Maali_päevik, lk 12
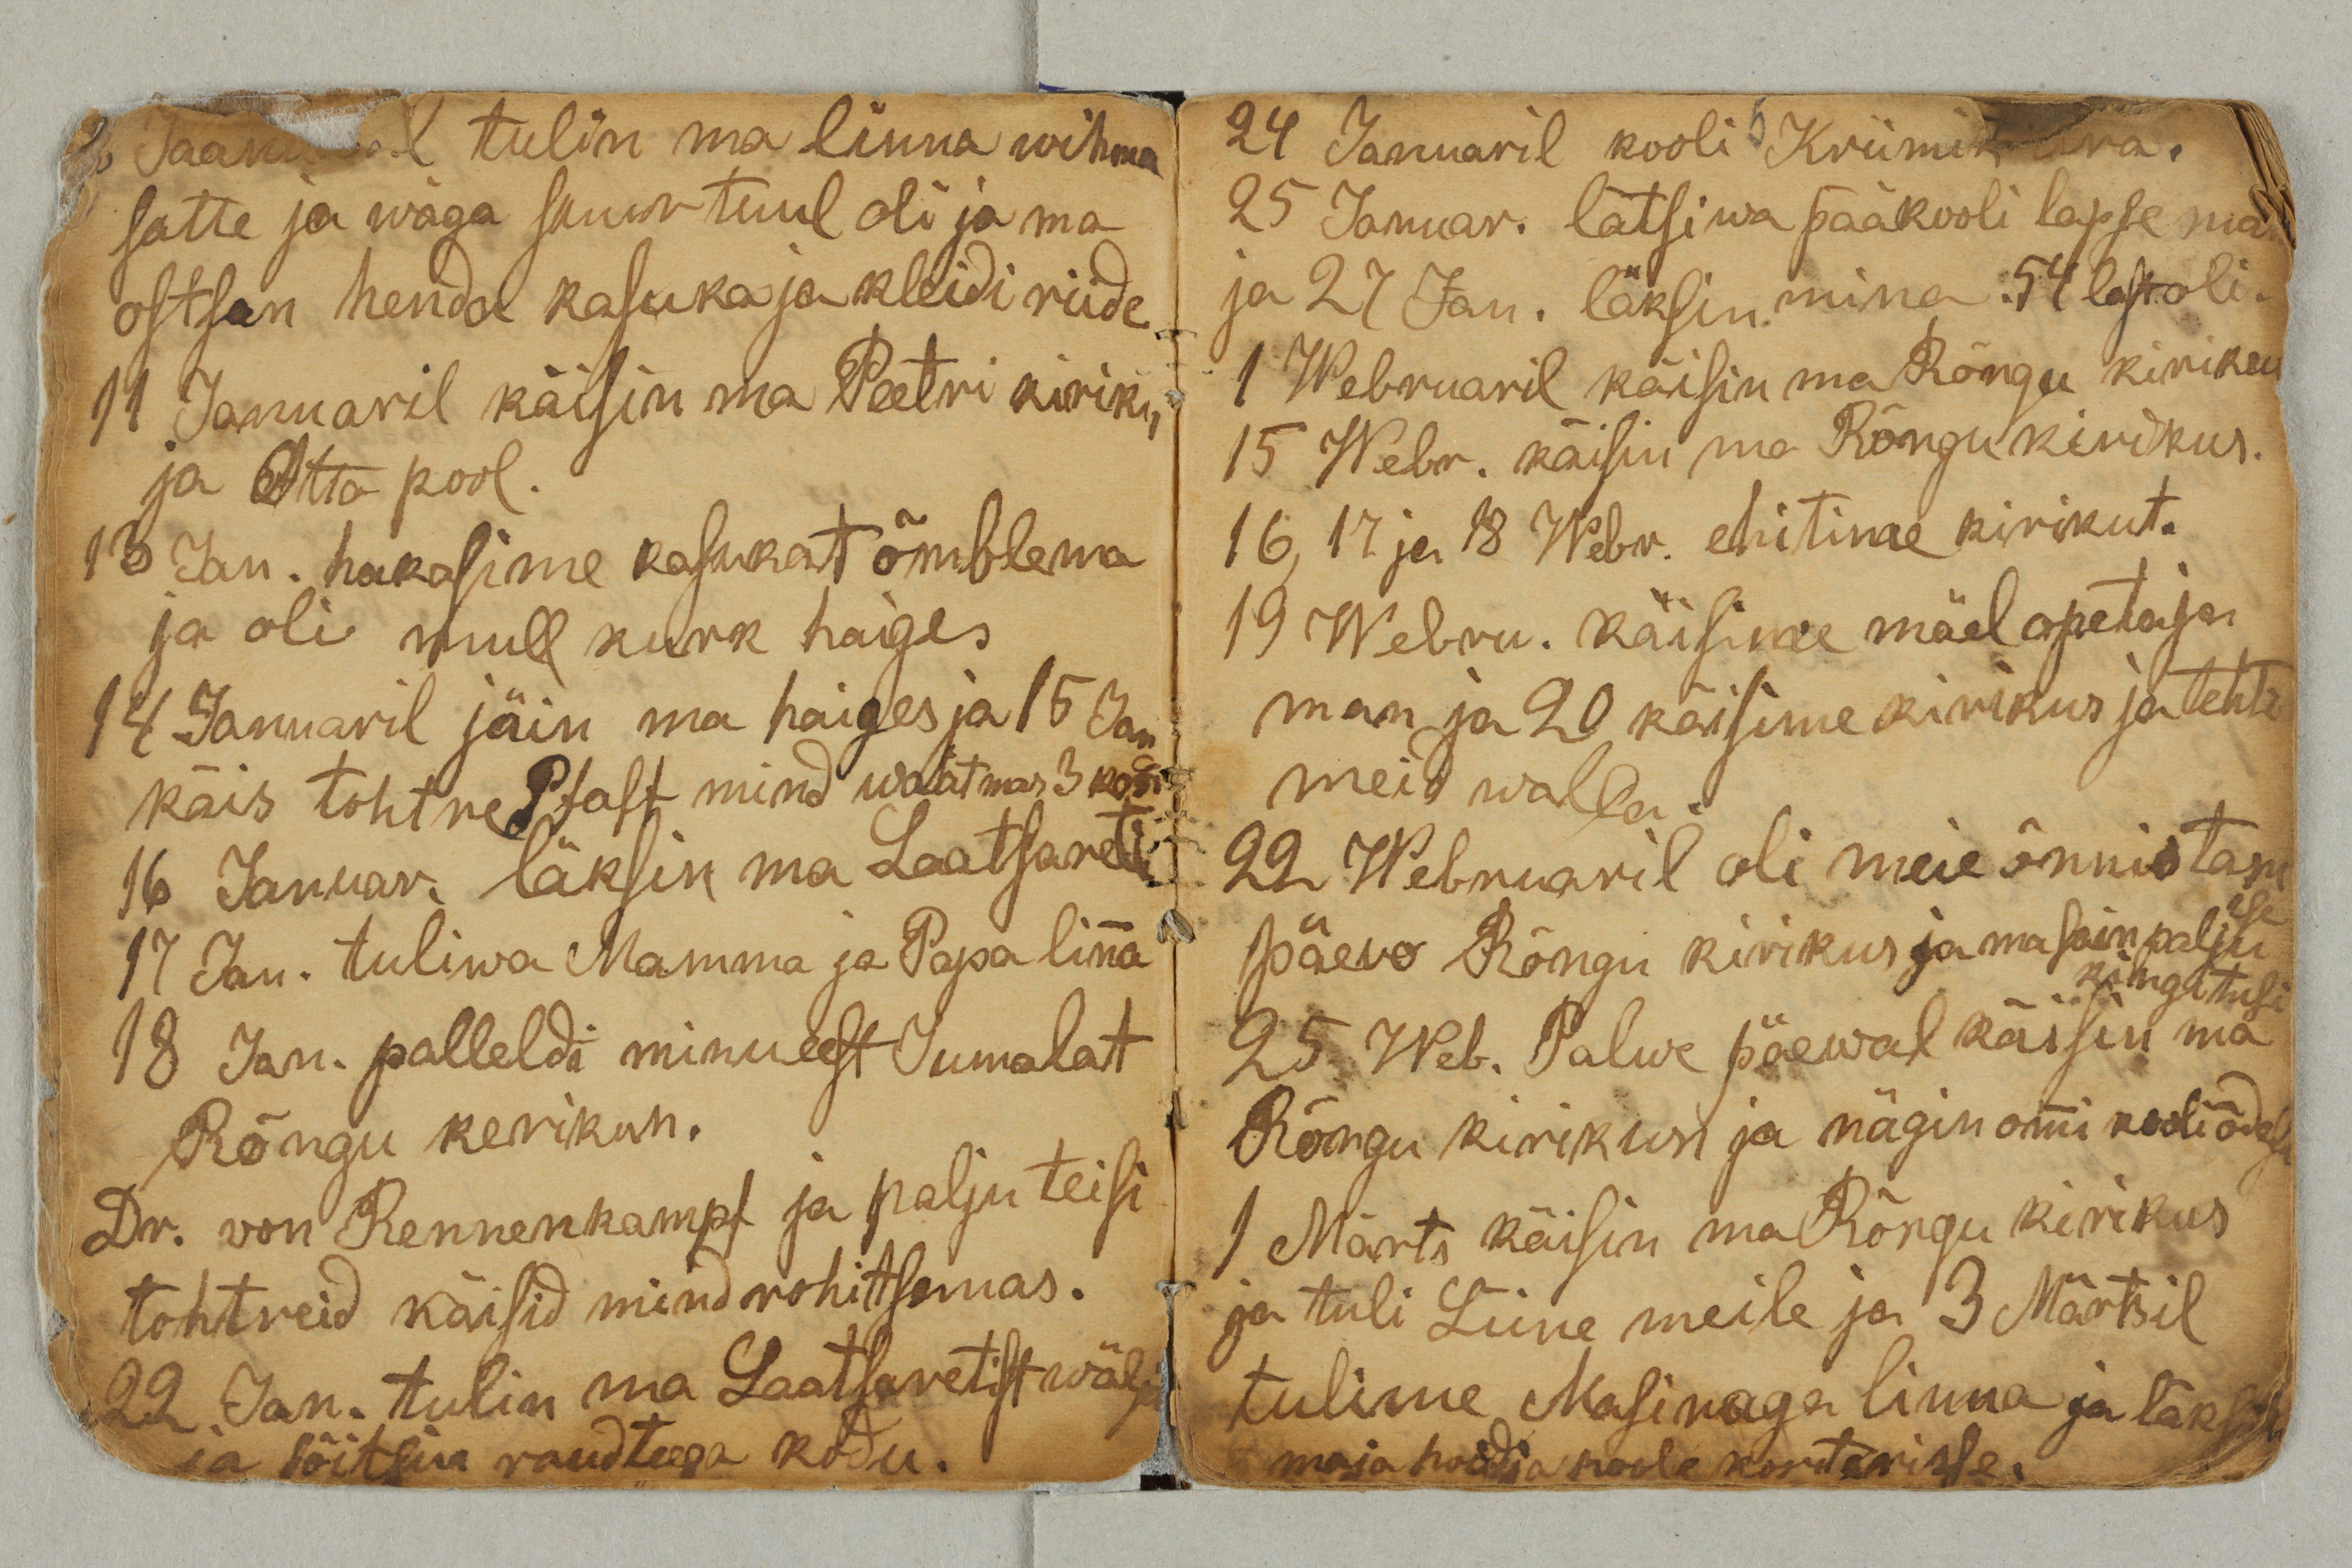
2 Jaanuaril tulin ma linna wihma
satte ja wäga suur tuul oli ja ma
ostsan henda kasuka ja kleidi riide.
11 Januaril käisin ma Peetri kiriku
ja Otto pool.
13 Jan. hakasime kasukat õmblema
ja oli mull kurk haige.
14 Januaril jäin ma haiges ja 15 Jan
käis tohtre Psast mind waatamas 3 ko
16 Januar. läksin ma Laatsareti.
17 Jan. tuliwa Mamma ja Papa linna
18 Jan. palleldi minu eest Jumalat
Rõngu kirikun.
Dr. von Rennenkampf ja palju teisi
tohtreid käisid mind rohitsemas.
22 Jan. tulin ma Laatsaretist wälja
ja sõitsin raudteega kodu.

24 Jaanuaril kooli Kriimik ära.
25 Januar. lätsiwa pääkooli lapse ma
ja 27 Jan. läksin mina. 54 last oli.
1 Webruaril käisin ma Rõngu kirikus.
15 Webr. kõisin ma Rõngu kirikus.
16, 17 ja 18 Webr. ehitime kirikut.
19 Webru. käisime mäel opetaja
man ja 20 käisime kirikus ja tehti
meid walla.
22 Webruaril oli meie õnnistam
ise
päew Rõngu kirikus ja ma sain palju
kingitusi
25 Web. Palwe päewal käisin ma
Rõngu kirikun ja nägin ommi kooliõdesi.
1 Märts käisin ma Rõngu kirikus
ja tuli Liine meile ja 3 Märtsil
tulime Masinaga linna ja läk
maja hoidja poole kortarisse.